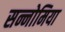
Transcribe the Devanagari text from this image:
सन्नोमिया